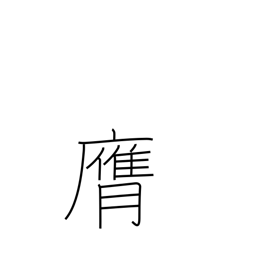
Meaning: strike